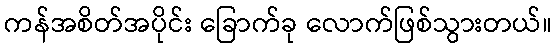
ကန်အစိတ်အပိုင်း ခြောက်ခု လောက်ဖြစ်သွားတယ်။